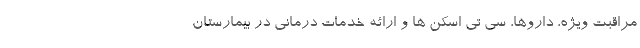
مراقبت ویژه، داروها، سی تی اسکن ها و ارائه خدمات درمانی در بیمارستان